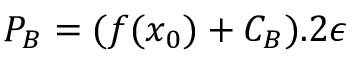
P _ { B } = ( f ( x _ { 0 } ) + C _ { B } ) . 2 \epsilon